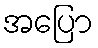
အပြော